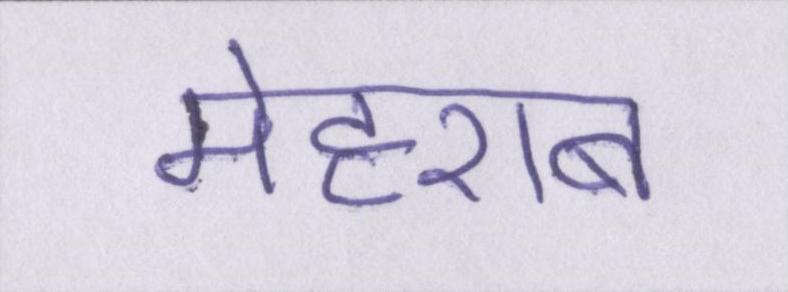
मेहराब